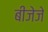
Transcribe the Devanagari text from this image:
बीजेजे